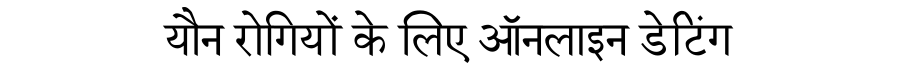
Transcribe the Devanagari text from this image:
यौन रोगियों के लिए ऑनलाइन डेटिंग